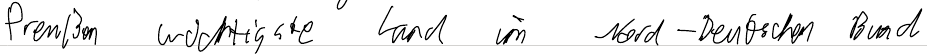
Preußen wichtigste Land im Nord-Deutschen Bund